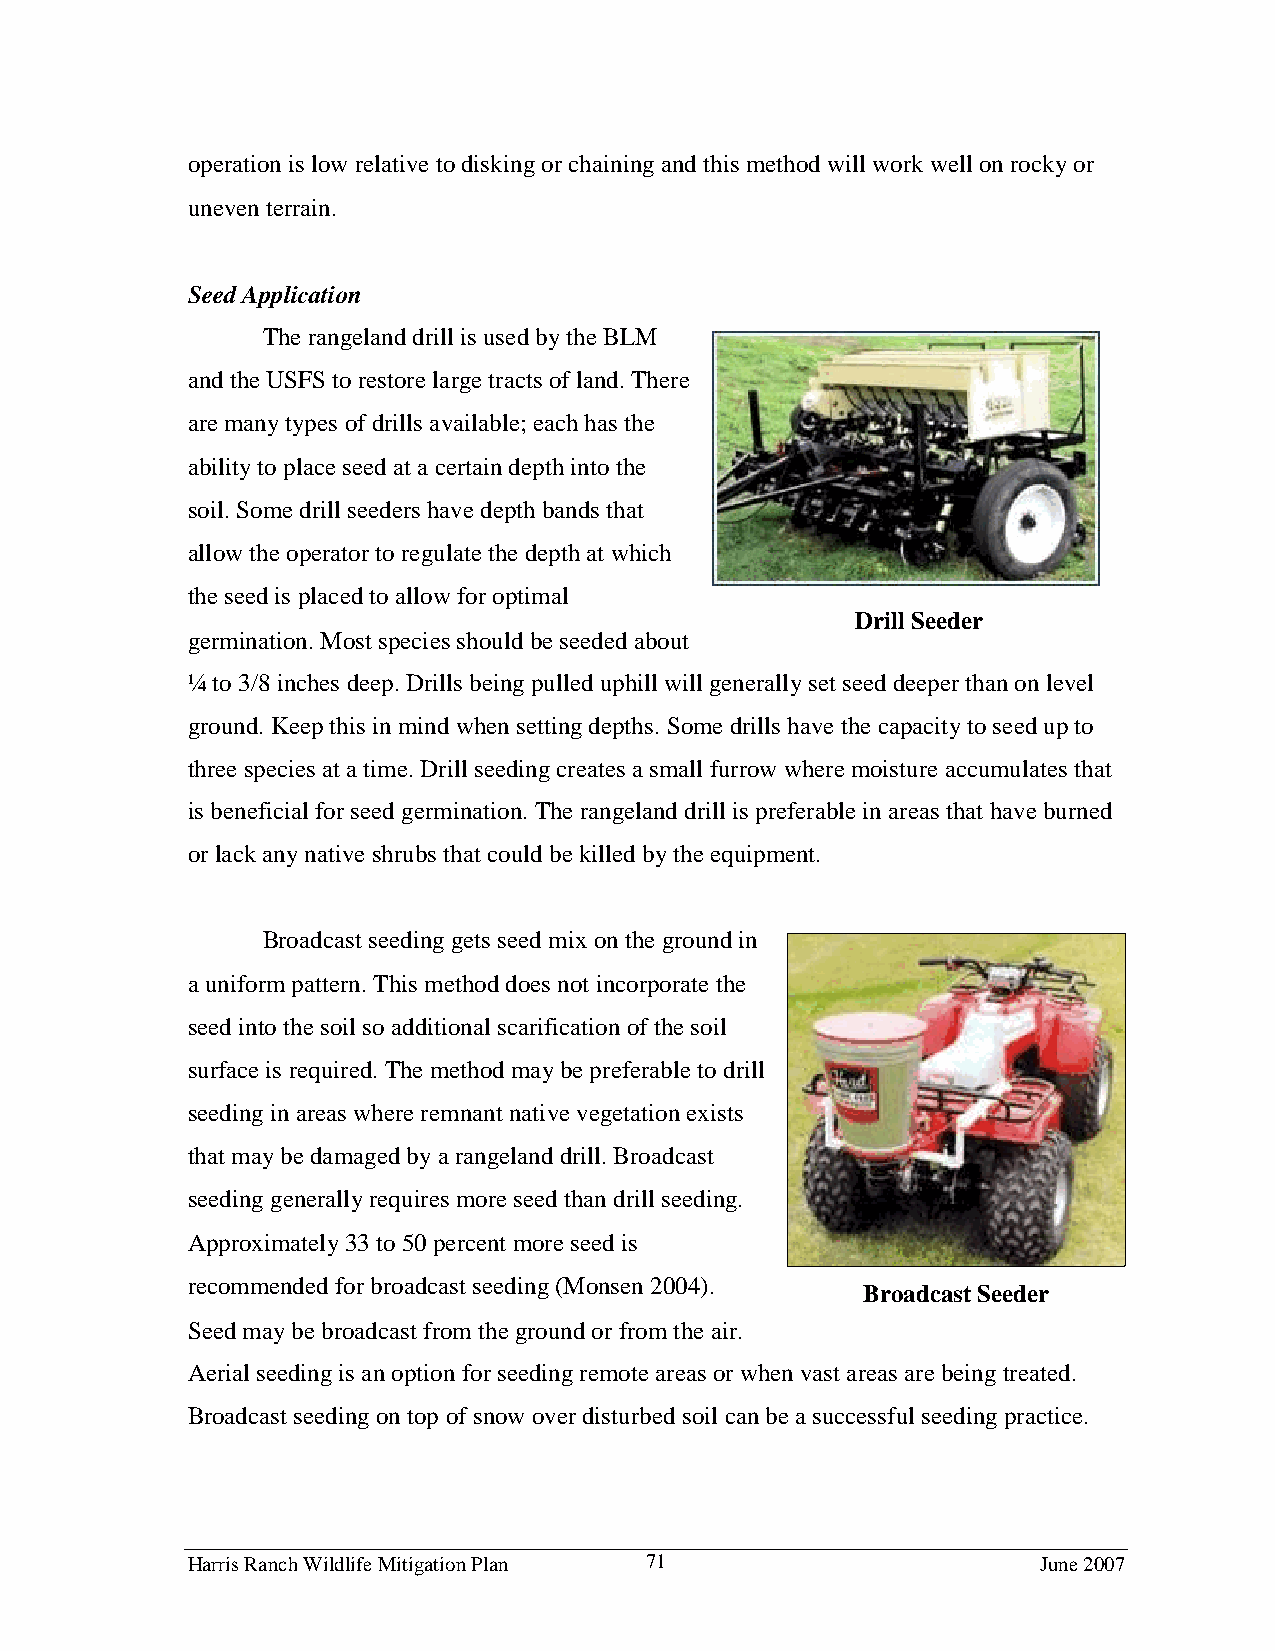
operation is low relative to disking or chaining and this method will work well on rocky or
 uneven terrain.
 Seed Application
 The rangeland drill is used by the BLM
 and the USFS to restore large tracts of land. There
 are many types of drills available; each has the
 ability to place seed at a certain depth into the
 soil. Some drill seeders have depth bands that
 allow the operator to regulate the depth at which
 the seed is placed to allow for optimal
 Drill Seeder
 germination. Most species should be seeded about
 ¼ to 3/8 inches deep. Drills being pulled uphill will generally set seed deeper than on level
 ground. Keep this in mind when setting depths. Some drills have the capacity to seed up to
 three species at a time. Drill seeding creates a small furrow where moisture accumulates that
 is beneficial for seed germination. The rangeland drill is preferable in areas that have burned
 or lack any native shrubs that could be killed by the equipment.
 Broadcast seeding gets seed mix on the ground in
 a uniform pattern. This method does not incorporate the
 seed into the soil so additional scarification of the soil
 surface is required. The method may be preferable to drill
 seeding in areas where remnant native vegetation exists
 that may be damaged by a rangeland drill. Broadcast
 seeding generally requires more seed than drill seeding.
 Approximately 33 to 50 percent more seed is
 recommended for broadcast seeding (Monsen 2004).
 Broadcast Seeder
 Seed may be broadcast from the ground or from the air.
 Aerial seeding is an option for seeding remote areas or when vast areas are being treated.
 Broadcast seeding on top of snow over disturbed soil can be a successful seeding practice.
 Harris Ranch Wildlife Mitigation Plan 71                 June 2007